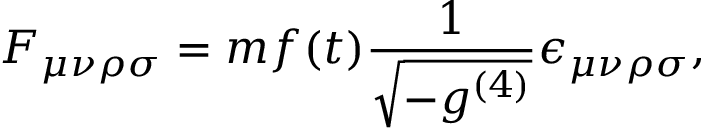
F _ { \mu \nu \rho \sigma } = m f ( t ) \frac { 1 } { \sqrt { - g ^ { ( 4 ) } } } \epsilon _ { \mu \nu \rho \sigma } ,